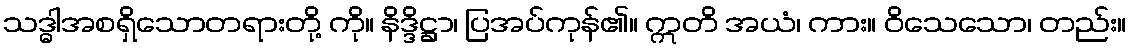
သဒ္ဓါအစရှိသောတရားတို့ ကို။ နိဒ္ဒိဋ္ဌာ၊ ပြအပ်ကုန်၏။ ဣတိ အယံ၊ ကား။ ဝိသေသော၊ တည်း။